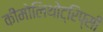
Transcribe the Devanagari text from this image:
कीमोलिथोट्रिप्सी